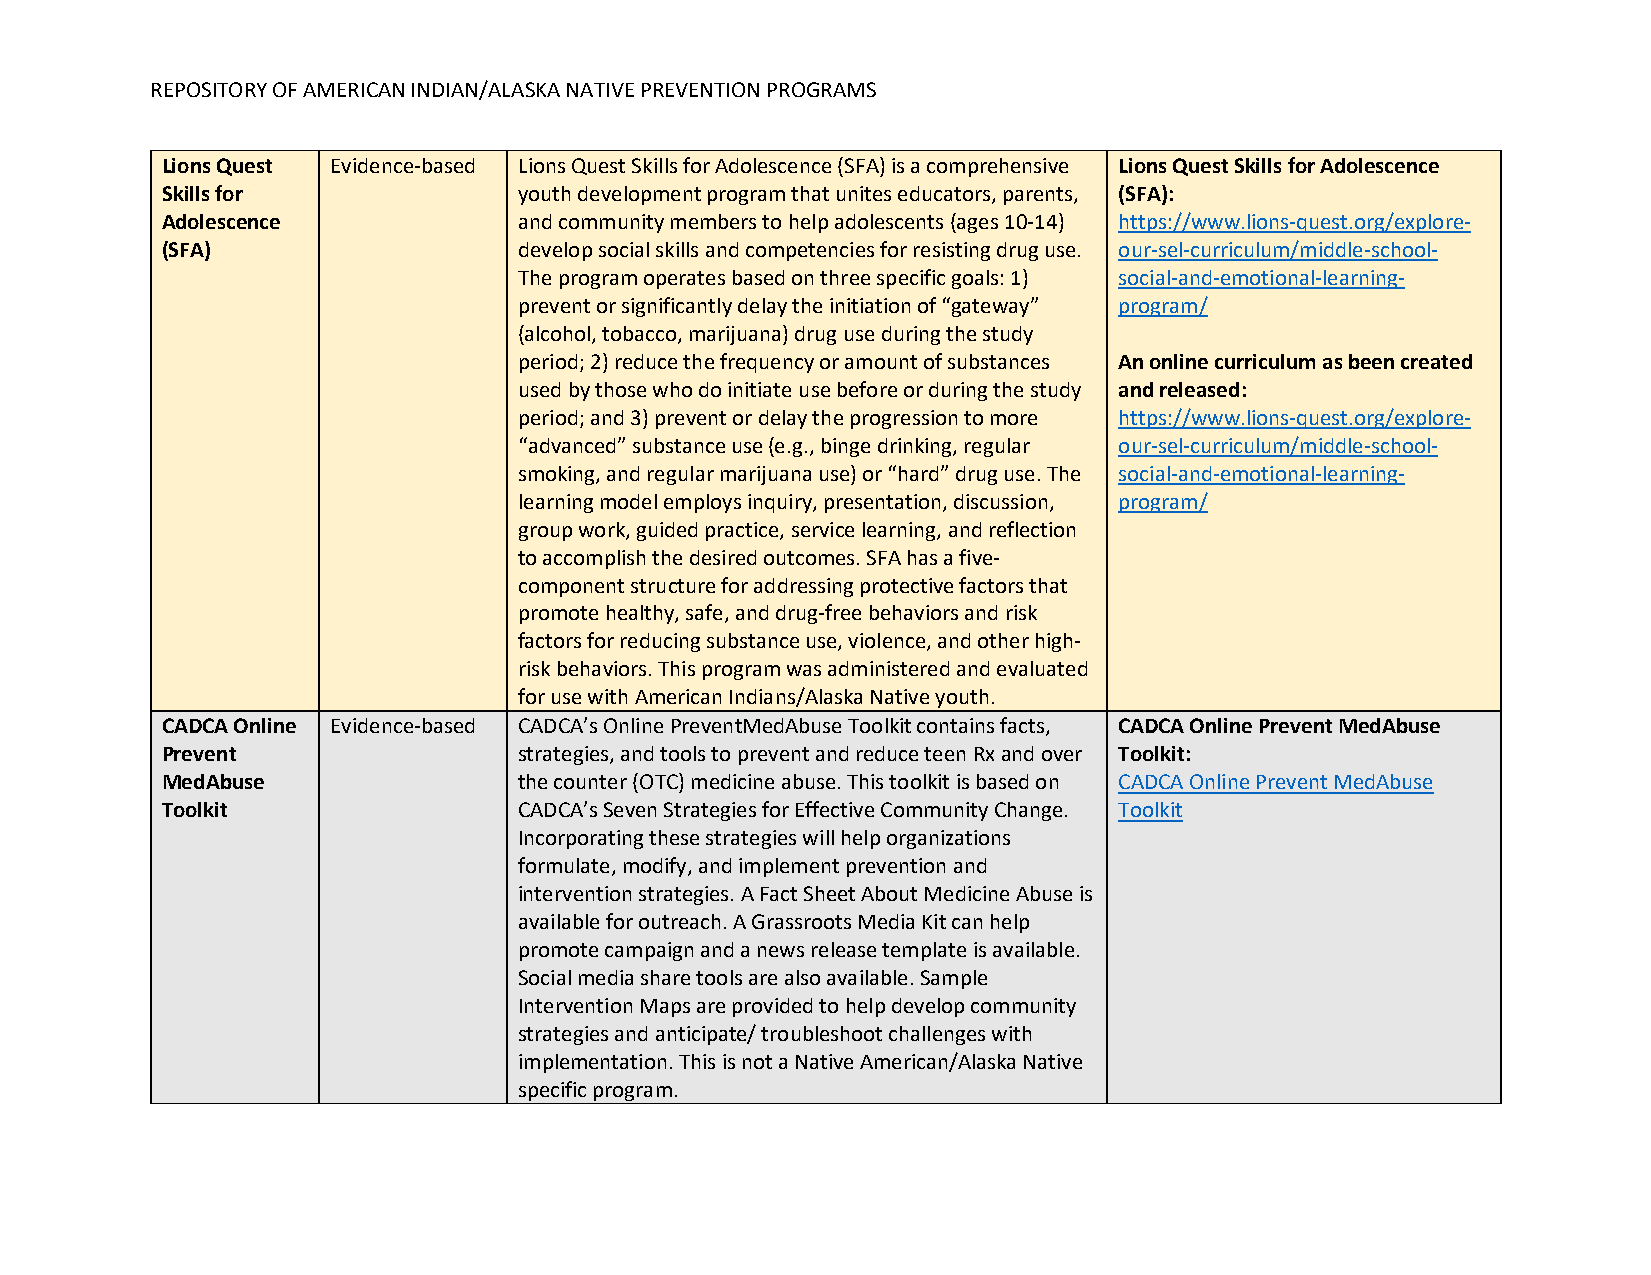
REPOSITORY OF AMERICAN INDIAN/ALASKA NATIVE PREVENTION PROGRAMS
 Lions Quest Evidence-based Lions Quest Skills for Adolescence (SFA) is a comprehensive Lions Quest Skills for Adolescence
 Skills for             youth development program that unites educators, parents, (SFA):
 Adolescence            and community members to help adolescents (ages 10-14) https://www.lions-quest.org/explore-
 (SFA)                  develop social skills and competencies for resisting drug use. our-sel-curriculum/middle-school-
 The program operates based on three specific goals: 1) social-and-emotional-learning-
 prevent or significantly delay the initiation of “gateway” program/
 (alcohol, tobacco, marijuana) drug use during the study
 period; 2) reduce the frequency or amount of substances An online curriculum as been created
 used by those who do initiate use before or during the study and released:
 period; and 3) prevent or delay the progression to more https://www.lions-quest.org/explore-
 “advanced” substance use (e.g., binge drinking, regular our-sel-curriculum/middle-school-
 smoking, and regular marijuana use) or “hard” drug use. The social-and-emotional-learning-
 learning model employs inquiry, presentation, discussion, program/
 group work, guided practice, service learning, and reflection
 to accomplish the desired outcomes. SFA has a five-
 component structure for addressing protective factors that
 promote healthy, safe, and drug-free behaviors and risk
 factors for reducing substance use, violence, and other high-
 risk behaviors. This program was administered and evaluated
 for use with American Indians/Alaska Native youth.
 CADCA Online Evidence-based CADCA’s Online PreventMedAbuse Toolkit contains facts, CADCA Online Prevent MedAbuse
 Prevent                strategies, and tools to prevent and reduce teen Rx and over Toolkit:
 MedAbuse               the counter (OTC) medicine abuse. This toolkit is based on CADCA Online Prevent MedAbuse
 Toolkit                CADCA’s Seven Strategies for Effective Community Change. Toolkit
 Incorporating these strategies will help organizations
 formulate, modify, and implement prevention and
 intervention strategies. A Fact Sheet About Medicine Abuse is
 available for outreach. A Grassroots Media Kit can help
 promote campaign and a news release template is available.
 Social media share tools are also available. Sample
 Intervention Maps are provided to help develop community
 strategies and anticipate/ troubleshoot challenges with
 implementation. This is not a Native American/Alaska Native
 specific program.